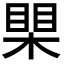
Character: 𪳐